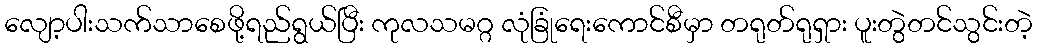
လျော့ပါးသက်သာစေဖို့ရည်ရွယ်ပြီး ကုလသမဂ္ဂ လုံခြုံရေးကောင်စီမှာ တရုတ်ရုရှား ပူးတွဲတင်သွင်းတဲ့